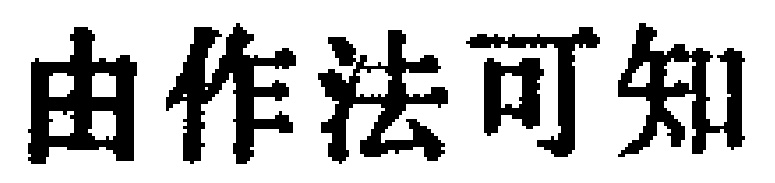
由作法可知